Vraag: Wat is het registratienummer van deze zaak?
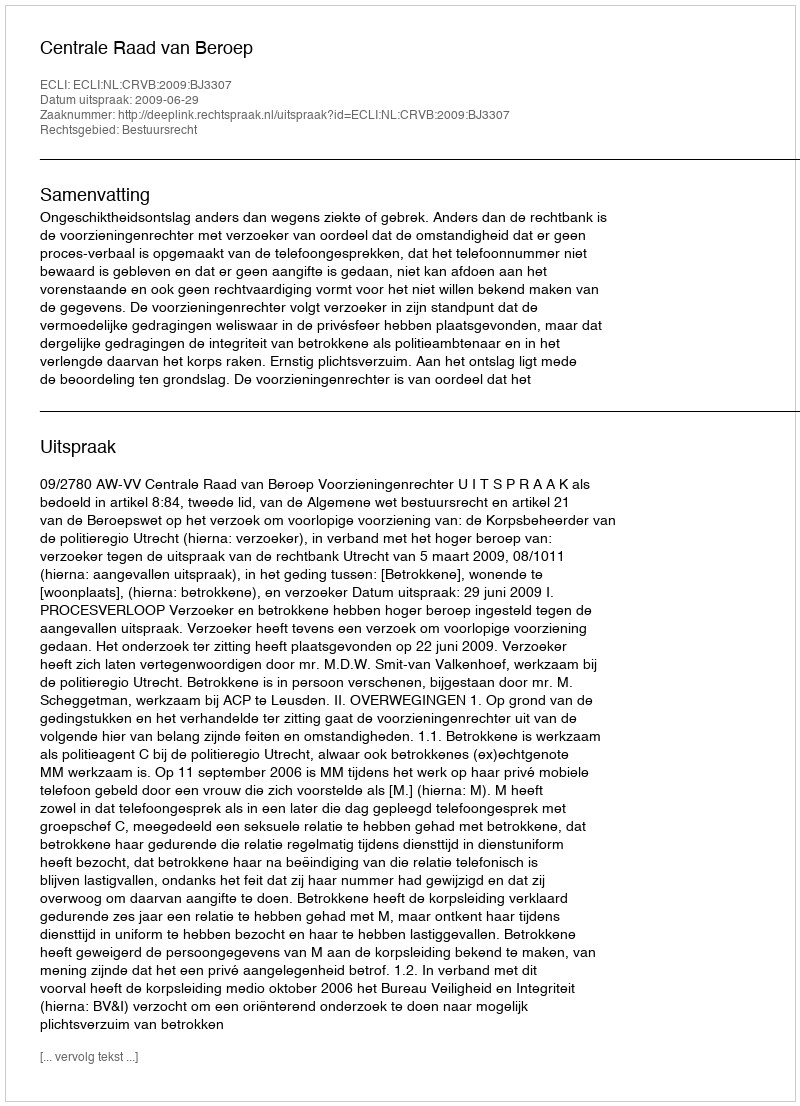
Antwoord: http://deeplink.rechtspraak.nl/uitspraak?id=ECLI:NL:CRVB:2009:BJ3307